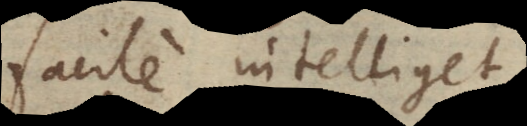
facile intelliget,